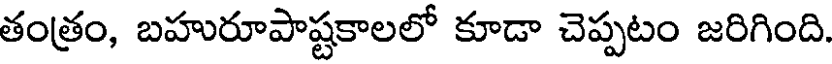
తంత్రం, బహురూపాష్టకాలలో కూడా చెప్పటం జరిగింది.